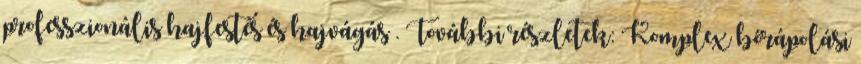
professzionális hajfestés és hajvágás . További részletek: Komplex bőrápolási